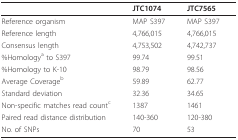
<table><thead><tr><td></td><td><b>JTC1074</b></td><td><b>JTC7565</b></td></tr></thead><tbody><tr><td>Reference organism</td><td>MAP S397</td><td>MAP S397</td></tr><tr><td>Reference length</td><td>4,766,015</td><td>4,766,015</td></tr><tr><td>Consensus length</td><td>4,753,502</td><td>4,742,737</td></tr><tr><td>%Homology<sup>a </sup>to S397</td><td>99.74</td><td>99.51</td></tr><tr><td>%Homology to K-10</td><td>98.79</td><td>98.56</td></tr><tr><td>Average Coverage<sup>b</sup></td><td>59.89</td><td>62.77</td></tr><tr><td>Standard deviation</td><td>32.36</td><td>34.65</td></tr><tr><td>Non-specific matches read count<sup>c</sup></td><td>1387</td><td>1461</td></tr><tr><td>Paired read distance distribution</td><td>140-360</td><td>120-380</td></tr><tr><td>No. of SNPs</td><td>70</td><td>53</td></tr></tbody></table>